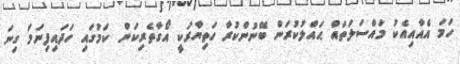
ހަމަ އެއާއިއެކު މައްސަލަތައް ޙައްލުކުރަން ބޭނުންކުރާ ހަތިޔާރަކީ އޯގާތެރިކަން ކަމުގައި ހަދައިފިނަމަ ގިނަ